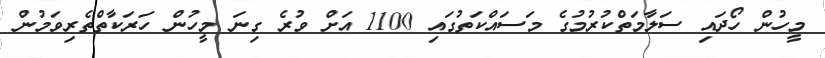
މީހުން ހޯދައި ސަލާމަތްކުރުމުގެ މަސައްކަތުގައިި 1100 އަށް ވުރެ ގިނަ މީހުން ހަރަކާތްތެރިވަމުން